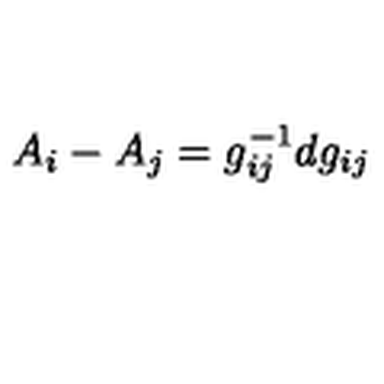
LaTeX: A _ { i } - A _ { j } = g _ { i j } ^ { - 1 } d g _ { i j }